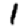
Digit: 1